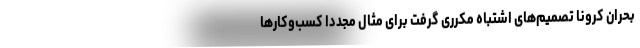
بحران کرونا تصمیم‌های اشتباه مکرری گرفت برای مثال مجدداً کسب‌وکارها